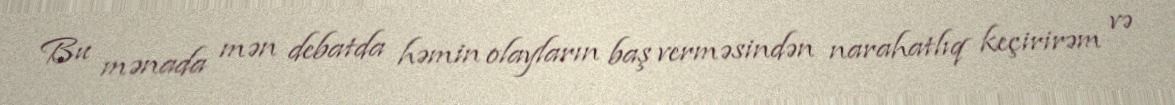
Bu mənada mən debatda həmin olayların baş verməsindən narahatlıq keçirirəm və